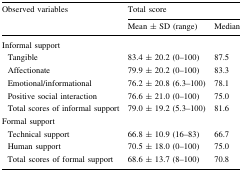
<table><thead><tr><td rowspan="2"><b>Observed variables</b></td><td colspan="2"><b>Total score</b></td></tr><tr><td><b>Mean ± SD (range)</b></td><td><b>Median</b></td></tr></thead><tbody><tr><td colspan="3">Informal support</td></tr><tr><td> Tangible</td><td>83.4 ± 20.2 (0–100)</td><td>87.5</td></tr><tr><td> Affectionate</td><td>79.9 ± 20.2 (0–100)</td><td>83.3</td></tr><tr><td> Emotional/informational</td><td>76.2 ± 20.8 (6.3–100)</td><td>78.1</td></tr><tr><td> Positive social interaction</td><td>76.6 ± 21.0 (0–100)</td><td>75.0</td></tr><tr><td> Total scores of informal support</td><td>79.0 ± 19.2 (5.3–100)</td><td>81.6</td></tr><tr><td colspan="3">Formal support</td></tr><tr><td> Technical support</td><td>66.8 ± 10.9 (16–83)</td><td>66.7</td></tr><tr><td> Human support</td><td>70.5 ± 18.0 (0–100)</td><td>75.0</td></tr><tr><td> Total scores of formal support</td><td>68.6 ± 13.7 (8–100)</td><td>70.8</td></tr></tbody></table>